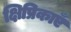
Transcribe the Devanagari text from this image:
क्षिप्रिकाएँ